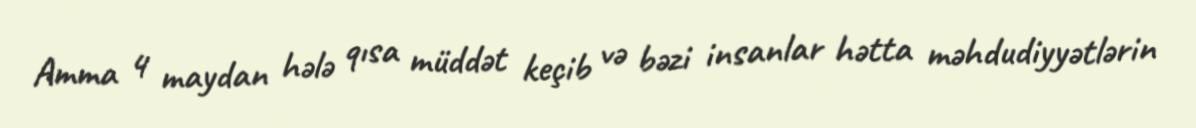
Amma 4 maydan hələ qısa müddət keçib və bəzi insanlar hətta məhdudiyyətlərin